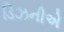
ડિઝનીએ